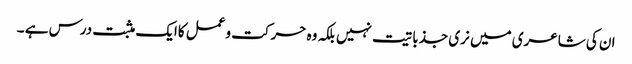
ان کی شاعری میں نری جذباتیت نہیں بلکہ وہ حرکت وعمل کاایک مثبت درس ہے ۔